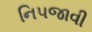
નિપજાવી